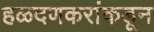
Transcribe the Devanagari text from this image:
हळदणकरांकडून